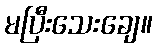
မပြီးသေးချေ။